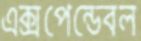
এক্সপেন্ডেবল